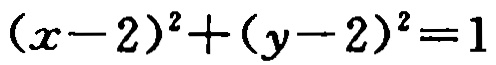
\((x - 2)^2 + (y - 2)^2 = 1\)